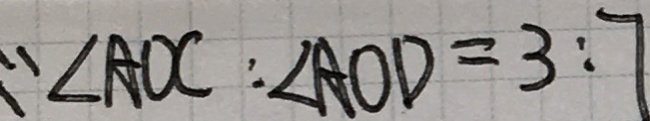
\because \angle A D C : \angle A O D = 3 : 7